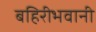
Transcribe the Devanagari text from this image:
बहिरीभवानी